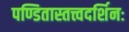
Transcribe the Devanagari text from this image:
पण्डितास्तत्त्वदर्शिनः